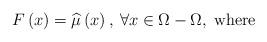
LaTeX: \begin{align*}F\left(x\right)=\widehat{\mu}\left(x\right),\:\forall x\in\Omega-\Omega,\;\mbox{where}\end{align*}